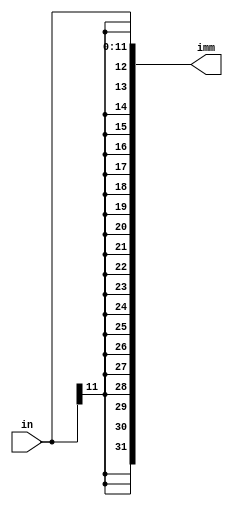
module imm_generator(in, imm);

input [11:0] in;
output [31:0] imm;

assign imm[31:12] = {20{in[11]}};
assign imm[11:0] = in;

endmodule